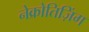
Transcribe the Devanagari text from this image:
नेक्रोतिज़िंग